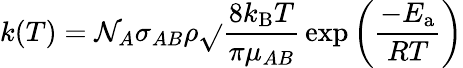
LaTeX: k(T)=\mathcal{N}_{A}\sigma_{AB}\rho{\sqrt{}{{\frac{{8k_{\mathrm{{B}}}T}}{{\pi\mu_{AB}}}}}}\exp\left({\frac{{-E_{\mathrm{{a}}}}}{{RT}}}\right)